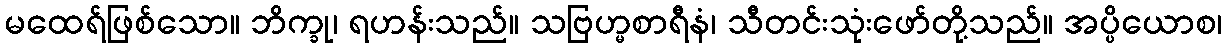
မထေရ်ဖြစ်သော။ ဘိက္ခု၊ ရဟန်းသည်။ သဗြဟ္မစာရီနံ၊ သီတင်းသုံးဖော်တို့သည်။ အပ္ပိယောစ၊